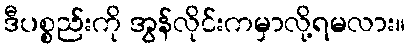
ဒီပစ္စည်းကို အွန်လိုင်းကမှာလို့ရမလား။